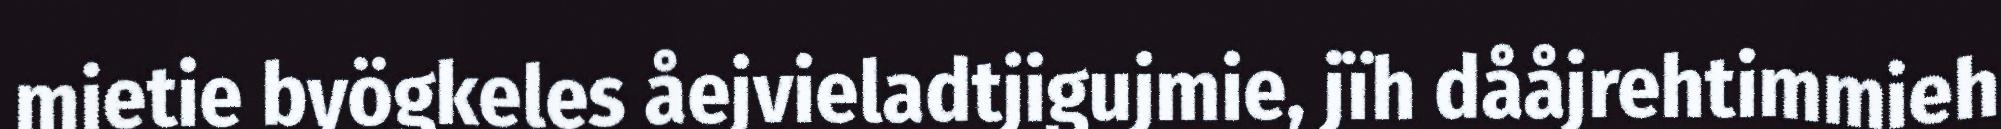
mietie byögkeles åejvieladtjigujmie, jïh dååjrehtimmieh